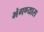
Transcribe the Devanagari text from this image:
भंगण्यास